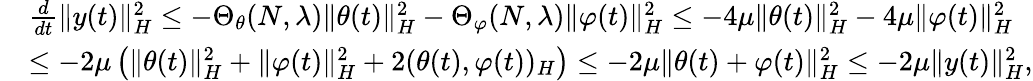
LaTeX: \begin{array}{rl}&{\frac{d}{dt}\| y(t)\| _{H}^{2}\leq-\Theta_{\theta}(N,\lambda)\| \theta(t)\| _{H}^{2}-\Theta_{\varphi}(N,\lambda)\| \varphi(t)\| _{H}^{2}\leq-4\mu\| \theta(t)\| _{H}^{2}-4\mu\| \varphi(t)\| _{H}^{2}}\\ &{\leq-2\mu\left(\| \theta(t)\| _{H}^{2}+\| \varphi(t)\| _{H}^{2}+2(\theta(t),\varphi(t))_{H}\right)\leq-2\mu\| \theta(t)+\varphi(t)\| _{H}^{2}\leq-2\mu\| y(t)\| _{H}^{2},}\end{array}